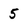
Character: 5